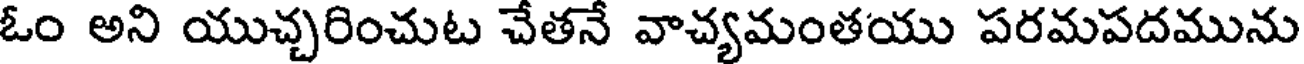
ఓం అని యుచ్చరించుట చేతనే వాచ్యమంతయు పరమపదమును